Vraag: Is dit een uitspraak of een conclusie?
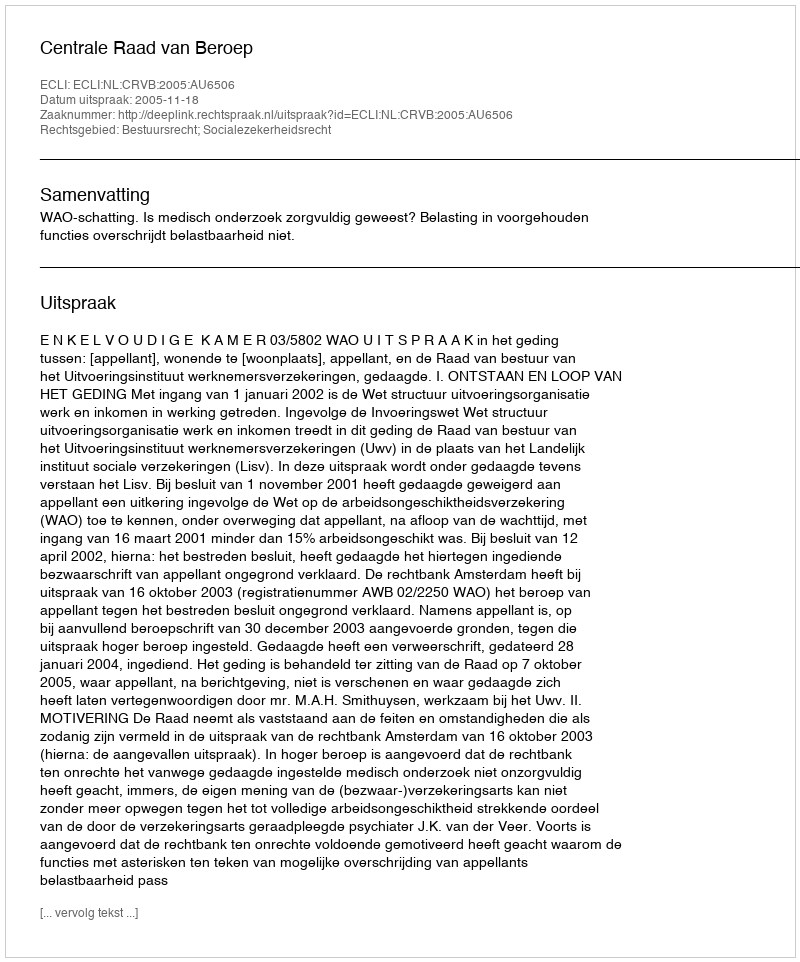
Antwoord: Uitspraak